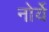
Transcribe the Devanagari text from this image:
नोर्ये